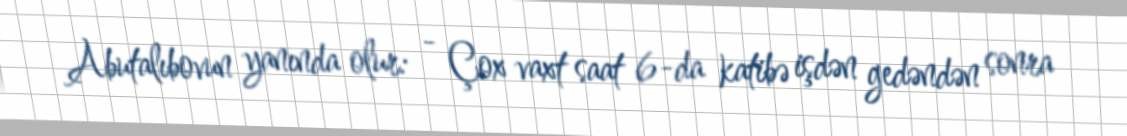
Abutalıbovun yanında olur: - Çox vaxt saat 6-da katibə işdən gedəndən sonra